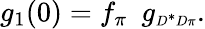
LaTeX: g_{1}(0)=f_{\pi}~~g_{\scriptscriptstyle D^{*}D\pi}.